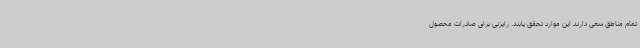
تمام مناطق سعی دارند این موارد تحقق یابند. رایزنی برای صادرات محصول